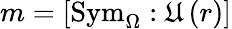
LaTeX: m=\left[\mathrm{Sym}_{\Omega}:\mathfrak{U}\left(r\right)\right]